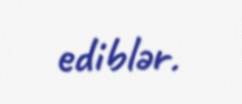
ediblər.